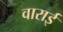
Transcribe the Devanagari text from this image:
वाराई